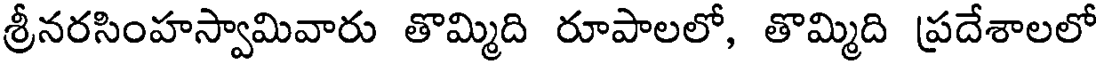
శ్రీనరసింహస్వామివారు తొమ్మిది రూపాలలో, తొమ్మిది ప్రదేశాలలో